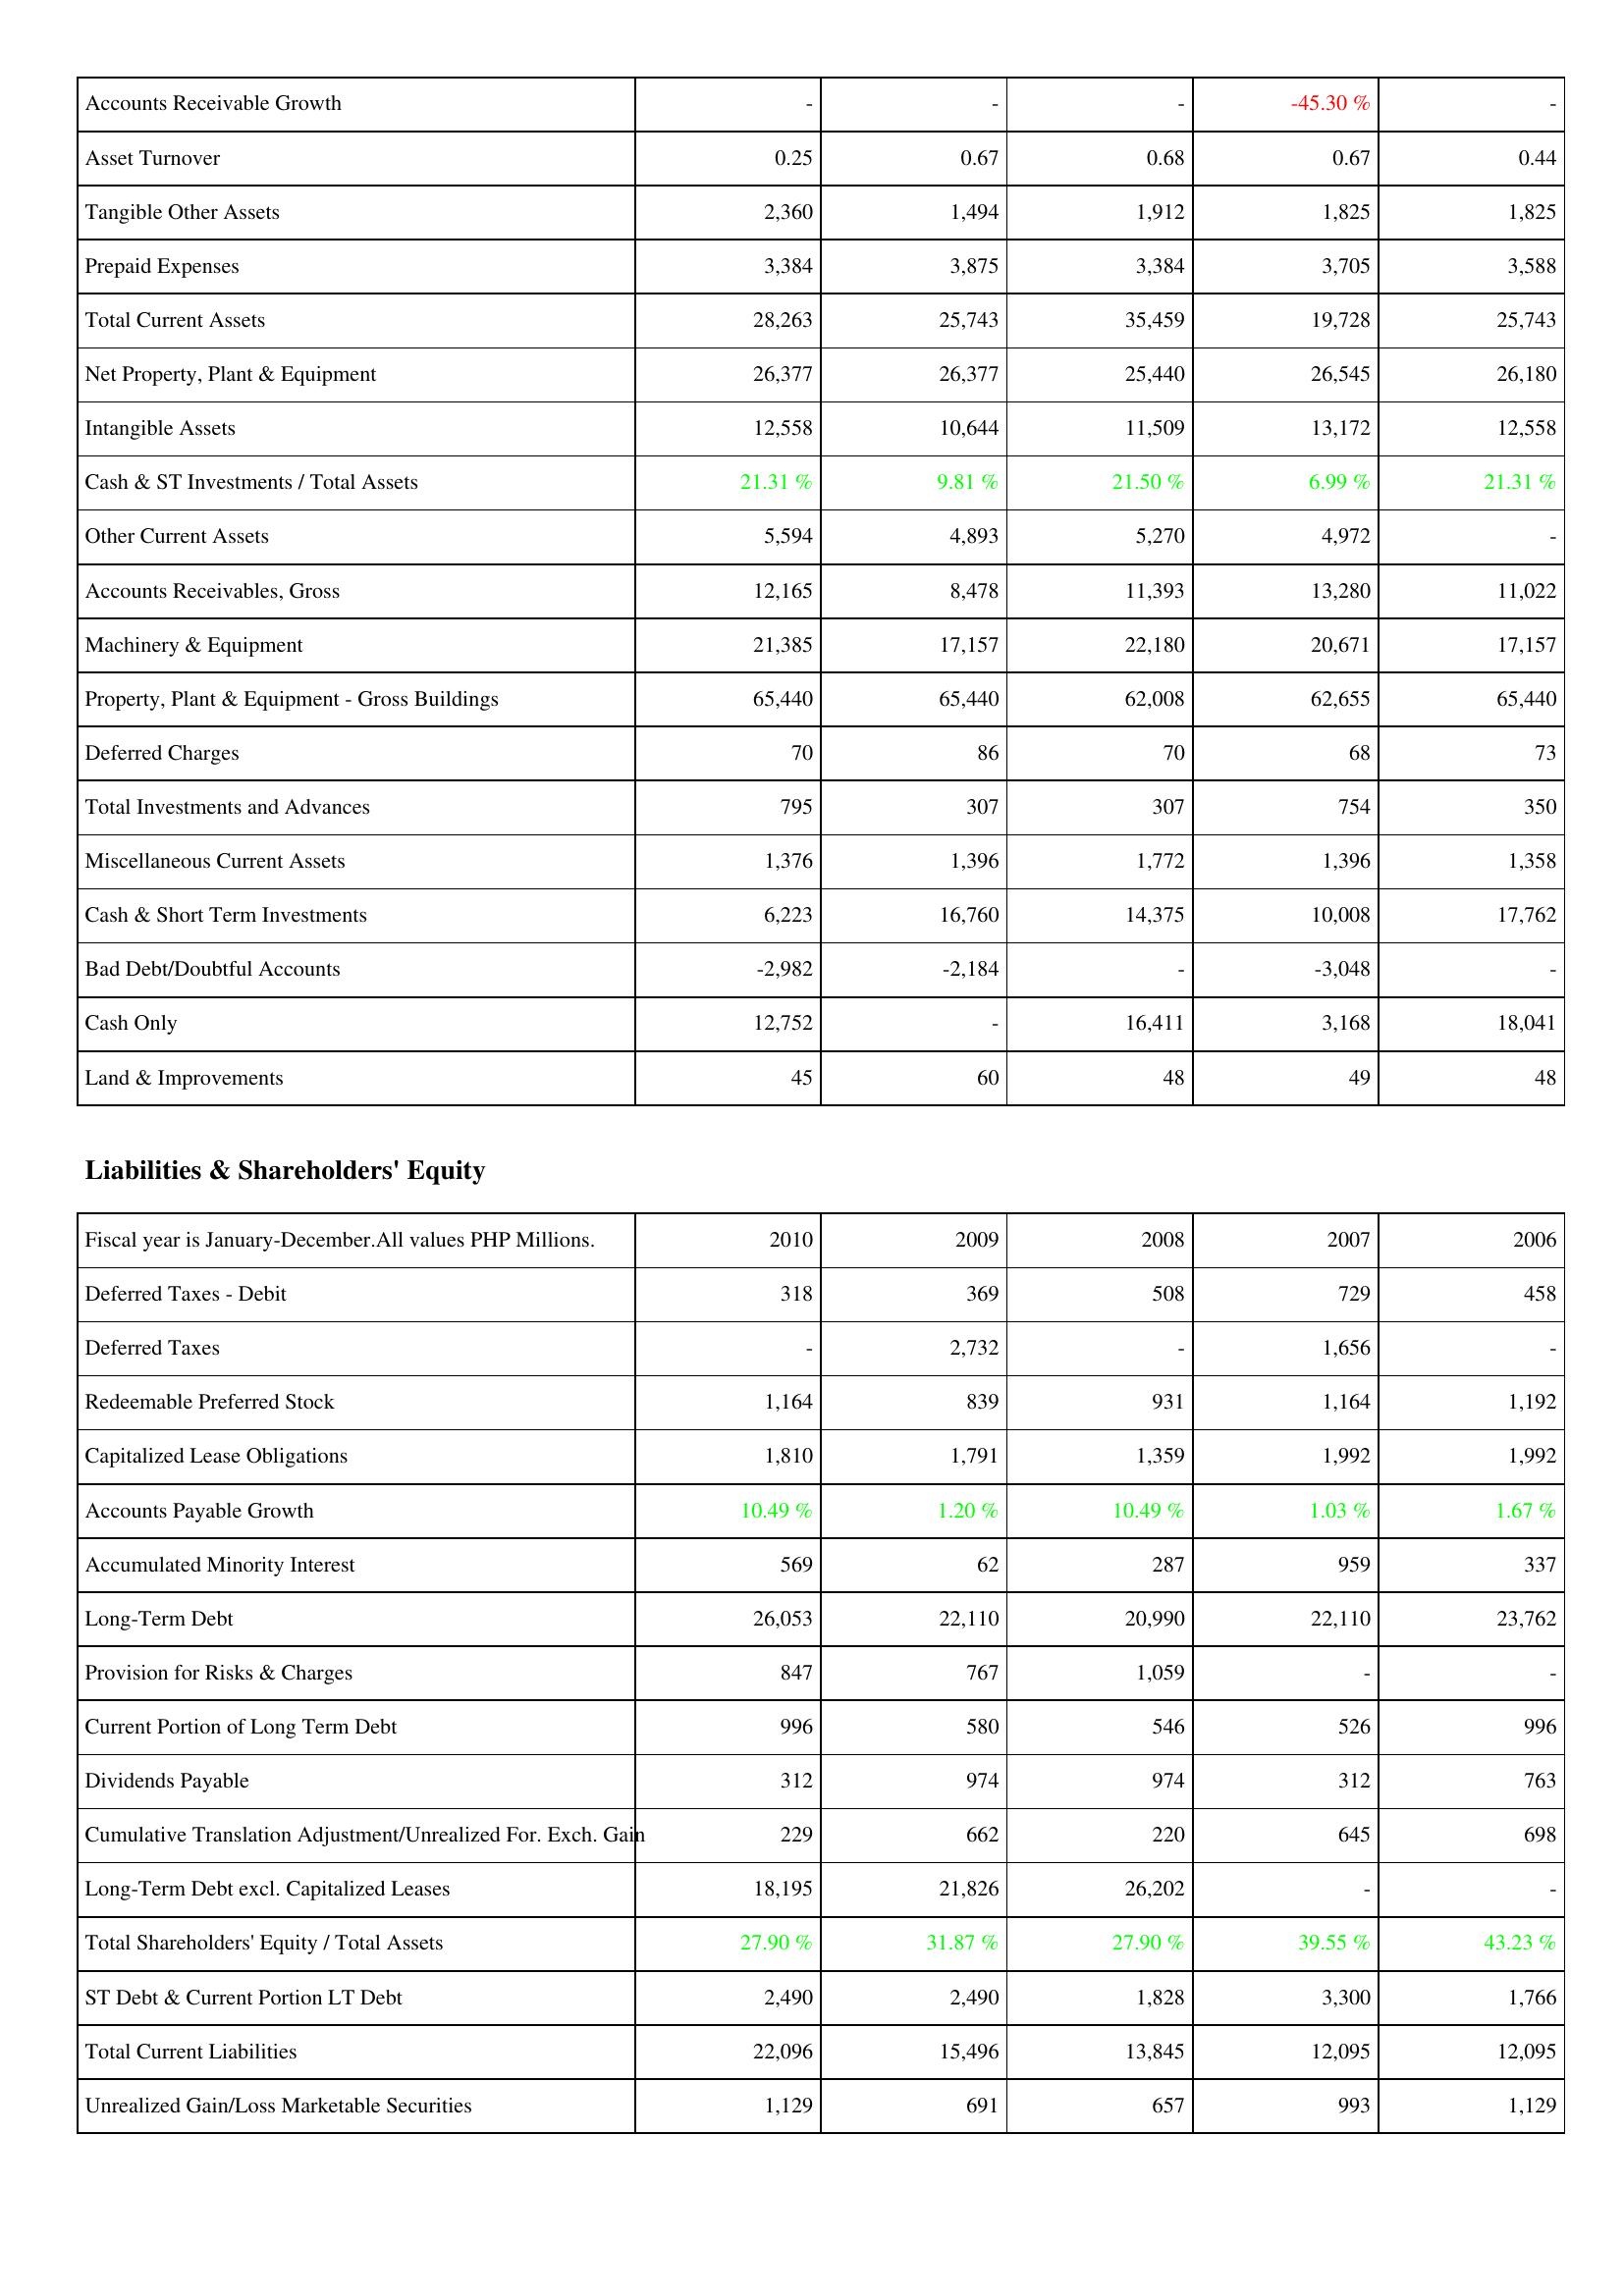
2010: Assets: Accounts Receivable Growth: -
Asset Turnover: 0.25
Tangible Other Assets: 2,360
Prepaid Expenses: 3,384
Total Current Assets: 28,263
Net Property, Plant & Equipment: 26,377
Intangible Assets: 12,558
Cash & ST Investments / Total Assets: 21.31 %
Other Current Assets: 5,594
Accounts Receivables, Gross: 12,165
Machinery & Equipment: 21,385
Property, Plant & Equipment - Gross Buildings: 65,440
Deferred Charges: 70
Total Investments and Advances: 795
Miscellaneous Current Assets: 1,376
Cash & Short Term Investments: 6,223
Bad Debt/Doubtful Accounts: -2,982
Cash Only: 12,752
Land & Improvements: 45
Liabilities & Shareholders' Equity: Deferred Taxes - Debit: 318
Deferred Taxes: -
Redeemable Preferred Stock: 1,164
Capitalized Lease Obligations: 1,810
Accounts Payable Growth: 10.49 %
Accumulated Minority Interest: 569
Long-Term Debt: 26,053
Provision for Risks & Charges: 847
Current Portion of Long Term Debt: 996
Dividends Payable: 312
Cumulative Translation Adjustment/Unrealized For. Exch. Gain: 229
Long-Term Debt excl. Capitalized Leases: 18,195
Total Shareholders' Equity / Total Assets: 27.90 %
ST Debt & Current Portion LT Debt: 2,490
Total Current Liabilities: 22,096
Unrealized Gain/Loss Marketable Securities: 1,129
2009: Assets: Accounts Receivable Growth: -
Asset Turnover: 0.67
Tangible Other Assets: 1,494
Prepaid Expenses: 3,875
Total Current Assets: 25,743
Net Property, Plant & Equipment: 26,377
Intangible Assets: 10,644
Cash & ST Investments / Total Assets: 9.81 %
Other Current Assets: 4,893
Accounts Receivables, Gross: 8,478
Machinery & Equipment: 17,157
Property, Plant & Equipment - Gross Buildings: 65,440
Deferred Charges: 86
Total Investments and Advances: 307
Miscellaneous Current Assets: 1,396
Cash & Short Term Investments: 16,760
Bad Debt/Doubtful Accounts: -2,184
Cash Only: -
Land & Improvements: 60
Liabilities & Shareholders' Equity: Deferred Taxes - Debit: 369
Deferred Taxes: 2,732
Redeemable Preferred Stock: 839
Capitalized Lease Obligations: 1,791
Accounts Payable Growth: 1.20 %
Accumulated Minority Interest: 62
Long-Term Debt: 22,110
Provision for Risks & Charges: 767
Current Portion of Long Term Debt: 580
Dividends Payable: 974
Cumulative Translation Adjustment/Unrealized For. Exch. Gain: 662
Long-Term Debt excl. Capitalized Leases: 21,826
Total Shareholders' Equity / Total Assets: 31.87 %
ST Debt & Current Portion LT Debt: 2,490
Total Current Liabilities: 15,496
Unrealized Gain/Loss Marketable Securities: 691
2008: Assets: Accounts Receivable Growth: -
Asset Turnover: 0.68
Tangible Other Assets: 1,912
Prepaid Expenses: 3,384
Total Current Assets: 35,459
Net Property, Plant & Equipment: 25,440
Intangible Assets: 11,509
Cash & ST Investments / Total Assets: 21.50 %
Other Current Assets: 5,270
Accounts Receivables, Gross: 11,393
Machinery & Equipment: 22,180
Property, Plant & Equipment - Gross Buildings: 62,008
Deferred Charges: 70
Total Investments and Advances: 307
Miscellaneous Current Assets: 1,772
Cash & Short Term Investments: 14,375
Bad Debt/Doubtful Accounts: -
Cash Only: 16,411
Land & Improvements: 48
Liabilities & Shareholders' Equity: Deferred Taxes - Debit: 508
Deferred Taxes: -
Redeemable Preferred Stock: 931
Capitalized Lease Obligations: 1,359
Accounts Payable Growth: 10.49 %
Accumulated Minority Interest: 287
Long-Term Debt: 20,990
Provision for Risks & Charges: 1,059
Current Portion of Long Term Debt: 546
Dividends Payable: 974
Cumulative Translation Adjustment/Unrealized For. Exch. Gain: 220
Long-Term Debt excl. Capitalized Leases: 26,202
Total Shareholders' Equity / Total Assets: 27.90 %
ST Debt & Current Portion LT Debt: 1,828
Total Current Liabilities: 13,845
Unrealized Gain/Loss Marketable Securities: 657
2007: Assets: Accounts Receivable Growth: -45.30 %
Asset Turnover: 0.67
Tangible Other Assets: 1,825
Prepaid Expenses: 3,705
Total Current Assets: 19,728
Net Property, Plant & Equipment: 26,545
Intangible Assets: 13,172
Cash & ST Investments / Total Assets: 6.99 %
Other Current Assets: 4,972
Accounts Receivables, Gross: 13,280
Machinery & Equipment: 20,671
Property, Plant & Equipment - Gross Buildings: 62,655
Deferred Charges: 68
Total Investments and Advances: 754
Miscellaneous Current Assets: 1,396
Cash & Short Term Investments: 10,008
Bad Debt/Doubtful Accounts: -3,048
Cash Only: 3,168
Land & Improvements: 49
Liabilities & Shareholders' Equity: Deferred Taxes - Debit: 729
Deferred Taxes: 1,656
Redeemable Preferred Stock: 1,164
Capitalized Lease Obligations: 1,992
Accounts Payable Growth: 1.03 %
Accumulated Minority Interest: 959
Long-Term Debt: 22,110
Provision for Risks & Charges: -
Current Portion of Long Term Debt: 526
Dividends Payable: 312
Cumulative Translation Adjustment/Unrealized For. Exch. Gain: 645
Long-Term Debt excl. Capitalized Leases: -
Total Shareholders' Equity / Total Assets: 39.55 %
ST Debt & Current Portion LT Debt: 3,300
Total Current Liabilities: 12,095
Unrealized Gain/Loss Marketable Securities: 993
2006: Assets: Accounts Receivable Growth: -
Asset Turnover: 0.44
Tangible Other Assets: 1,825
Prepaid Expenses: 3,588
Total Current Assets: 25,743
Net Property, Plant & Equipment: 26,180
Intangible Assets: 12,558
Cash & ST Investments / Total Assets: 21.31 %
Other Current Assets: -
Accounts Receivables, Gross: 11,022
Machinery & Equipment: 17,157
Property, Plant & Equipment - Gross Buildings: 65,440
Deferred Charges: 73
Total Investments and Advances: 350
Miscellaneous Current Assets: 1,358
Cash & Short Term Investments: 17,762
Bad Debt/Doubtful Accounts: -
Cash Only: 18,041
Land & Improvements: 48
Liabilities & Shareholders' Equity: Deferred Taxes - Debit: 458
Deferred Taxes: -
Redeemable Preferred Stock: 1,192
Capitalized Lease Obligations: 1,992
Accounts Payable Growth: 1.67 %
Accumulated Minority Interest: 337
Long-Term Debt: 23,762
Provision for Risks & Charges: -
Current Portion of Long Term Debt: 996
Dividends Payable: 763
Cumulative Translation Adjustment/Unrealized For. Exch. Gain: 698
Long-Term Debt excl. Capitalized Leases: -
Total Shareholders' Equity / Total Assets: 43.23 %
ST Debt & Current Portion LT Debt: 1,766
Total Current Liabilities: 12,095
Unrealized Gain/Loss Marketable Securities: 1,129